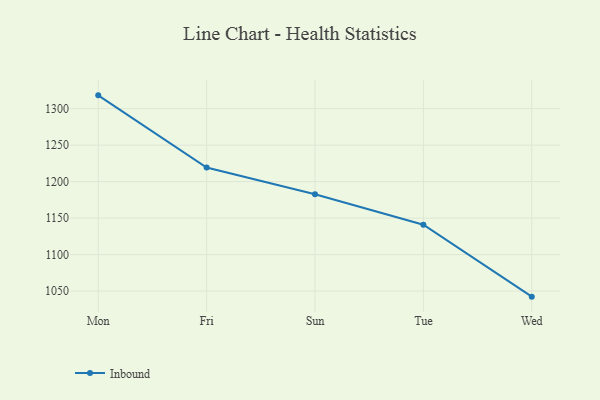
{"axis": {"x": "Day", "y": "Inventory Turnover"}, "legend": ["Inbound"], "data": [{"x": "Mon", "y": 1318.2, "type": "Inbound"}, {"x": "Fri", "y": 1219.4, "type": "Inbound"}, {"x": "Sun", "y": 1182.6, "type": "Inbound"}, {"x": "Tue", "y": 1140.9, "type": "Inbound"}, {"x": "Wed", "y": 1042.4, "type": "Inbound"}]}